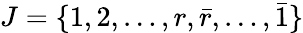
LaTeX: J=\{ 1,2,\dots,r,\bar{r},\dots,\bar{1}\}